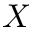
X